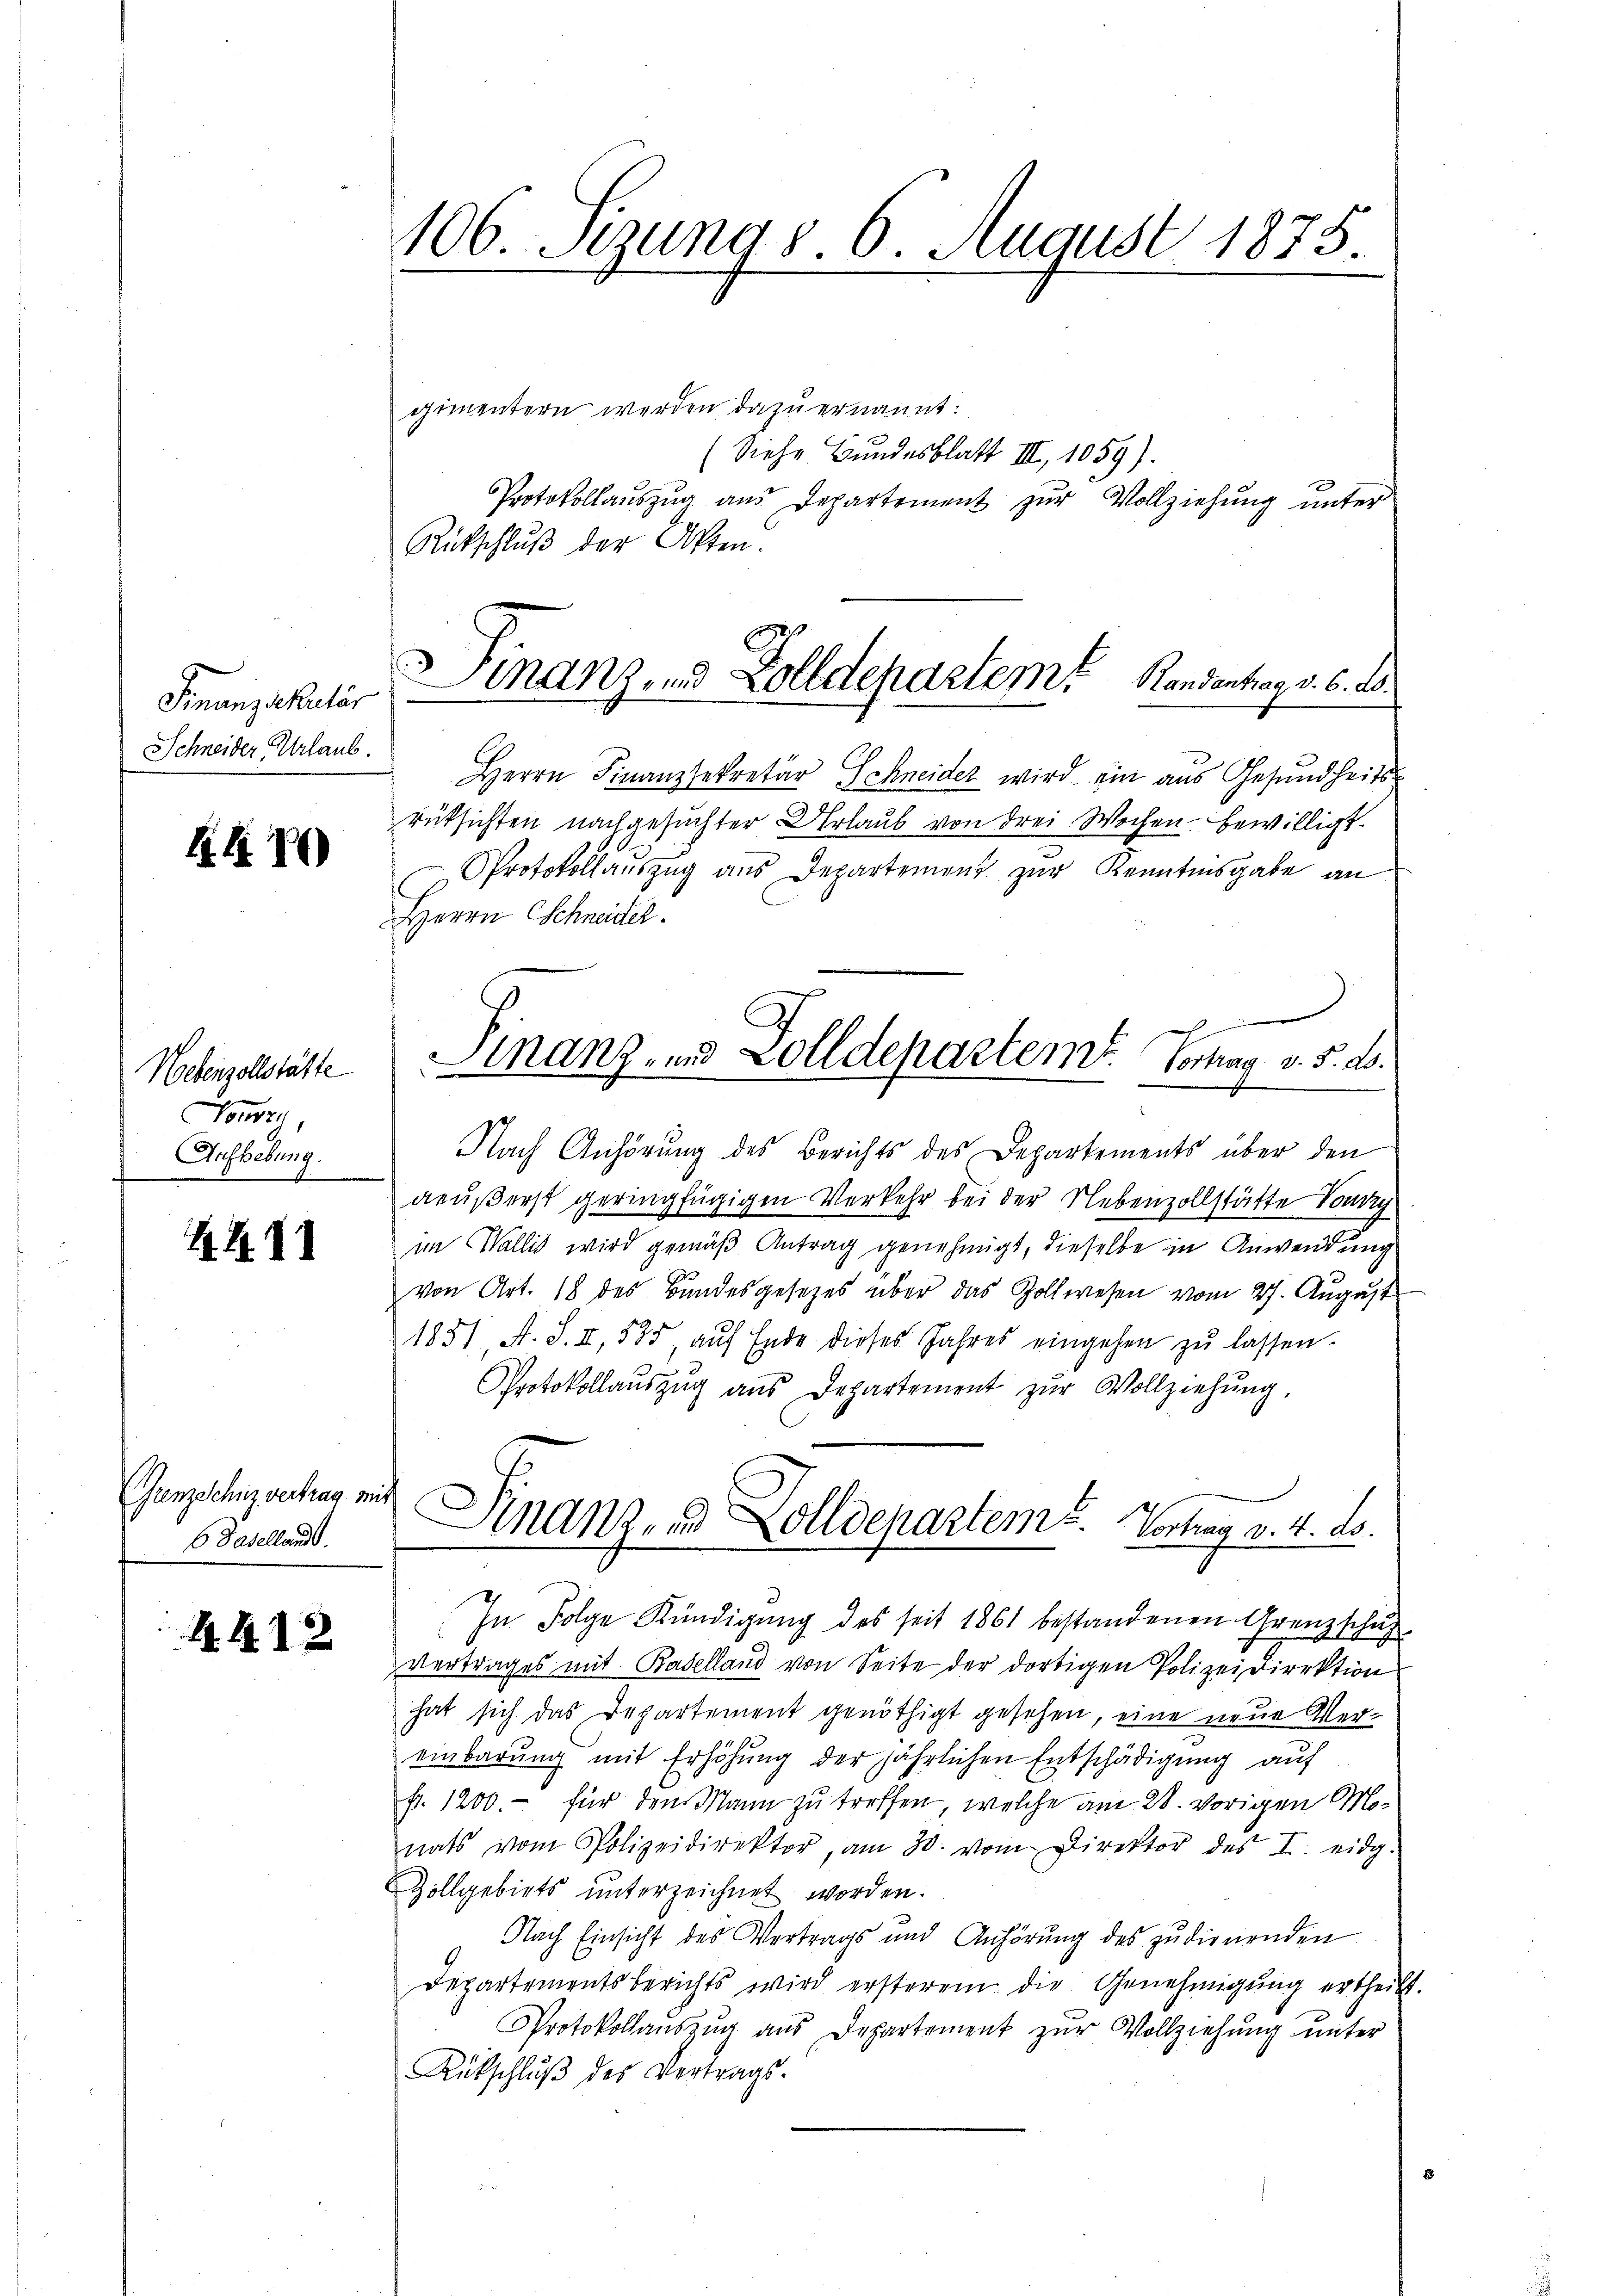
Finanzkulär
Schneider Urlaub.

K. G. 80)

Nebenzollstätte
Ponny,
Aufhebung.

H. B.

Grenzschüz vertrag mit
C. Baselland.

A412

106. Sizung d. 6. August 1875.

gimentern werden dazu ernannt:
(Siehe Bundesblatt III, 1059).
Protokollauszug aus Departement zur Vollziehung unter
Rückschluß der Akten.
Herrn Finanzsekretär Schneider wird ein aus Gesundheitsrüksichten nachgesuchter Urlaub von drei Wochen bewilligt.
Protokollaŭszŭg ans Departement zŭr Kenntnisgabe an
Herrn Schneidel.
Nach Anhörung des Berichts des Departements über den
geußerst geringfügigen Verkehr bei der Nebenzollstätte Toury
im Wallis wird gemäß Antrag genehmigt, dieselbe in Anwendung
von Art. 18 des Bundesgesetzes über das Zollwesen vom 27. August
1831 A. S. II, 585, aŭf Ende dieses Jahres eingehen zŭ lassen.
Protokollaŭszŭg aŭs Departement zŭr Vollziehŭng,
Finanzend Zolldepartems. Vortrag v. 4. ds.
1
In Folge Kündigung des seit 1861 bestandenen Granzschuß
Vertrages mit Baselland von Seite der dortigen Polizeidirektion
hat sich das Departement genöthigt gesehen, eine neue Vereinbarŭng mit Erhöhŭng der jährlichen Entschädigung auf
fr. 1200.- für den Mann zu treffen, welche am 28. vorigen Monats vom Polizeidirektor, am 30. vom Direktor des I. eidg.
Zollgebiets unterzeichnet worden.
Nach Einsicht des Vertrags und Anhörŭng des zudienenden
Departementsberichts wird ersterem die Genehmigŭng ertheil
Protokollaŭszŭg aŭs Departement zŭr Vollziehŭng ŭnter
Rükschlŭβ des Vertrags-

Finanz, und Zolldepartem Randentrag v. 6. ds.
.

Finanz- und Zolldepartem Tonay v. 5. d.